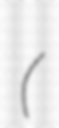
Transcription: (МРТ